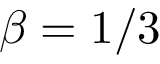
\beta = 1 / 3